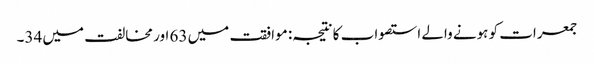
جمعرات کو ہونے والے استصواب کا نتیجہ: موافقت میں 63 اور مخالفت میں 34۔